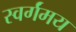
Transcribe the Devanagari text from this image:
स्वर्गंमय